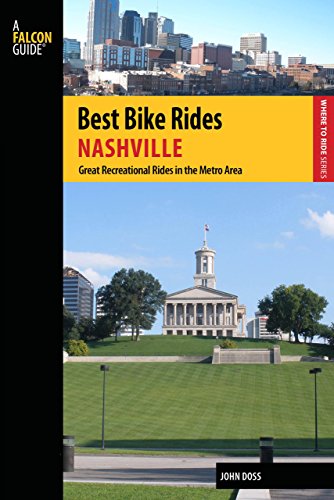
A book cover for Best Bike Rides Nashville: A Guide to the Greatest Recreational Rides in the Metro Area (Best Bike Rides Series); John Doss; Travel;